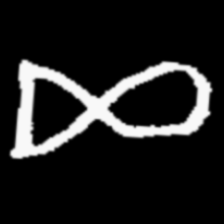
Pyu character \u2014 Myanmar letter: ဆ (romanized: cha)